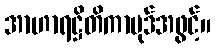
အာဟာရဋ္ဌိတိကာပုဒ်အဖွင့်။